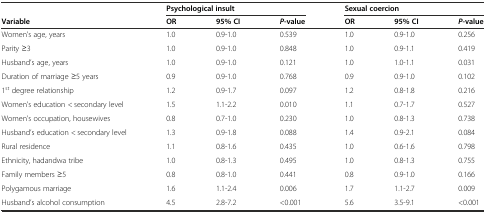
<table><thead><tr><td></td><td colspan="3"><b>Psychological insult</b></td><td colspan="3"><b>Sexual coercion</b></td></tr><tr><td><b>Variable</b></td><td><b>OR</b></td><td><b>95% CI</b></td><td><b><i>P</i>-value</b></td><td><b>OR</b></td><td><b>95% CI</b></td><td><b><i>P</i>-value</b></td></tr></thead><tbody><tr><td>Women’s age, years</td><td>1.0</td><td>0.9-1.0</td><td>0.539</td><td>1.0</td><td>0.9-1.0</td><td>0.256</td></tr><tr><td>Parity ≥3</td><td>1.0</td><td>0.9-1.0</td><td>0.848</td><td>1.0</td><td>0.9-1.1</td><td>0.419</td></tr><tr><td>Husband’s age, years</td><td>1.0</td><td>0.9-1.0</td><td>0.121</td><td>1.0</td><td>1.0-1.1</td><td>0.031</td></tr><tr><td>Duration of marriage ≥5 years</td><td>0.9</td><td>0.9-1.0</td><td>0.768</td><td>0.9</td><td>0.9-1.0</td><td>0.102</td></tr><tr><td>1<sup>st</sup> degree relationship</td><td>1.2</td><td>0.9-1.7</td><td>0.097</td><td>1.2</td><td>0.8-1.8</td><td>0.216</td></tr><tr><td>Women’s education &lt; secondary level</td><td>1.5</td><td>1.1-2.2</td><td>0.010</td><td>1.1</td><td>0.7-1.7</td><td>0.527</td></tr><tr><td>Women’s occupation, housewives</td><td>0.8</td><td>0.7-1.0</td><td>0.230</td><td>1.0</td><td>0.8-1.3</td><td>0.738</td></tr><tr><td>Husband’s education &lt; secondary level</td><td>1.3</td><td>0.9-1.8</td><td>0.088</td><td>1.4</td><td>0.9-2.1</td><td>0.084</td></tr><tr><td>Rural residence</td><td>1.1</td><td>0.8-1.6</td><td>0.435</td><td>1.0</td><td>0.6-1.6</td><td>0.798</td></tr><tr><td>Ethnicity, hadandwa tribe</td><td>1.0</td><td>0.8-1.3</td><td>0.495</td><td>1.0</td><td>0.8-1.3</td><td>0.755</td></tr><tr><td>Family members ≥5</td><td>0.8</td><td>0.8-1.0</td><td>0.441</td><td>0.8</td><td>0.9-1.0</td><td>0.166</td></tr><tr><td>Polygamous marriage</td><td>1.6</td><td>1.1-2.4</td><td>0.006</td><td>1.7</td><td>1.1-2.7</td><td>0.009</td></tr><tr><td>Husband’s alcohol consumption</td><td>4.5</td><td>2.8-7.2</td><td>&lt;0.001</td><td>5.6</td><td>3.5-9.1</td><td>&lt;0.001</td></tr></tbody></table>